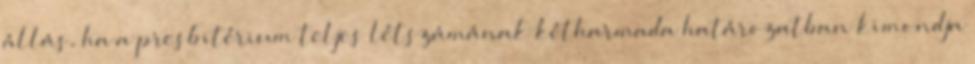
állás, ha a presbitérium teljes létszámának kétharmada határozatban kimondja